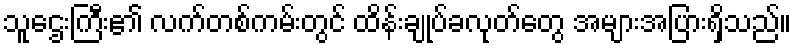
သူဌေးကြီး၏ လက်တစ်ကမ်းတွင် ထိန်းချုပ်ခလုတ်တွေ အများအပြားရှိသည်။